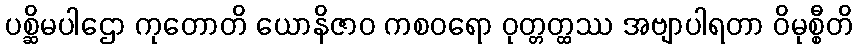
ပစ္ဆိမပါဌော ကုတောတိ ယောနိဇာဝ ကစဝရော ဝုတ္တတ္ထဿ အဗျာပါရတာ ဝိမုစ္စီတိ